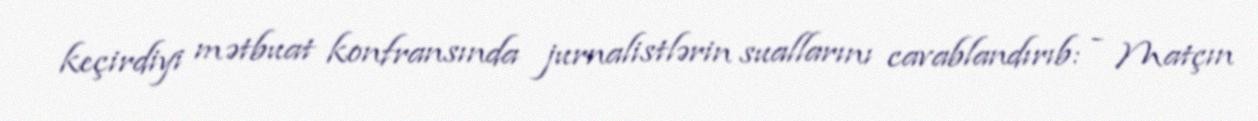
keçirdiyi mətbuat konfransında jurnalistlərin suallarını cavablandırıb: - Matçın